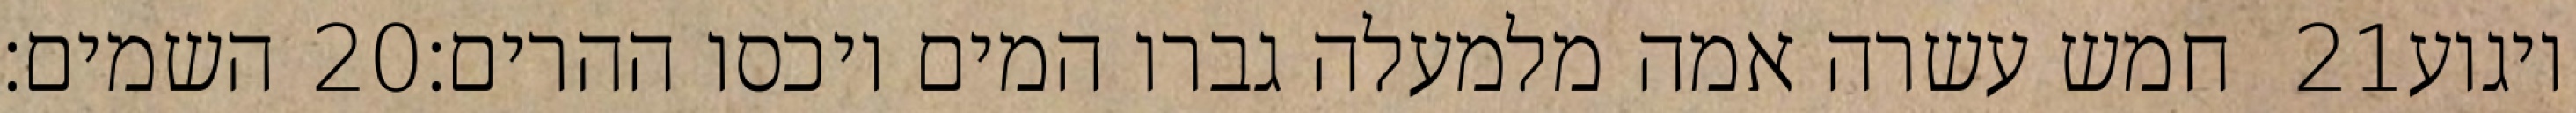
השמים׃ ‎20‏ חמש עשרה אמה מלמעלה גברו המים ויכסו ההרים׃ ‎21‏ ויגוע